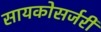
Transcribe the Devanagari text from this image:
सायकोसर्जरी